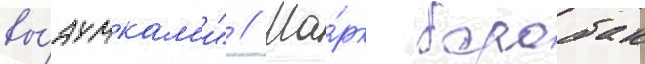
вы́думкам'и" // Ма́рк барабак